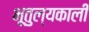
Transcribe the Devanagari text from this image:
भूतुल्यकाली